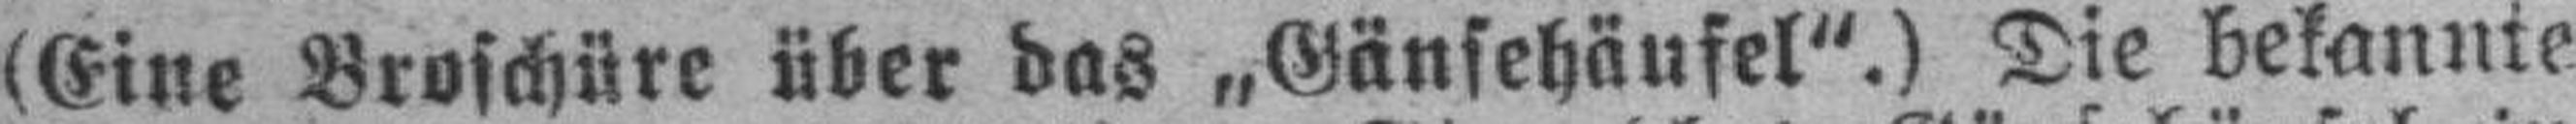
(Eine Broschüre über das „Gänsehäufel“.) Die bekannte